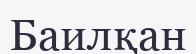
Баилқан